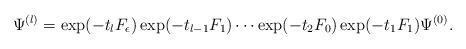
LaTeX: \begin{align*}\Psi^{(l)}=\exp (-t_{l}F_{\epsilon})\exp (-t_{l-1}F_{1})\cdots\exp (-t_{2}F_{0})\exp (-t_{1}F_{1}) \Psi^{(0)}.\end{align*}